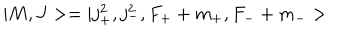
| M , J > = | j _ { + } ^ { 2 } , j _ { - } ^ { 2 } , F _ { + } + m _ { + } , F _ { - } + m _ { - } >